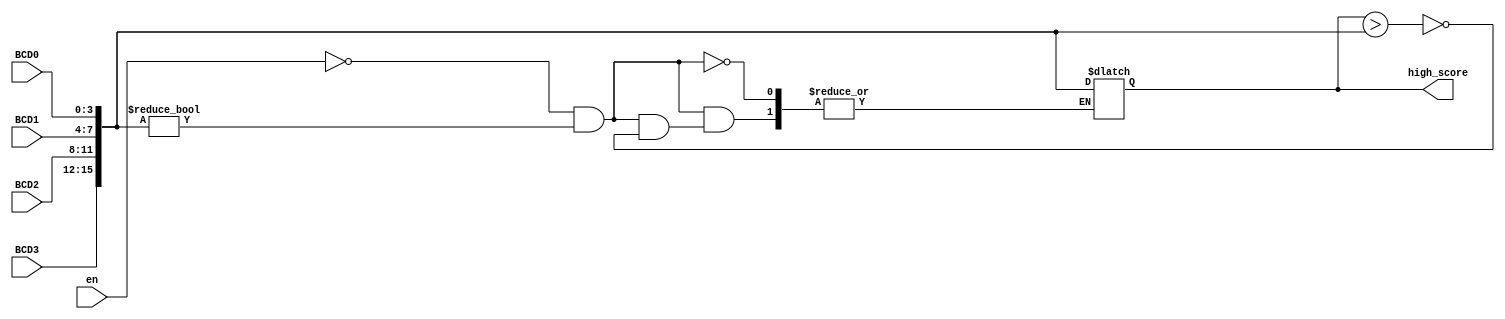
module high_score(en, BCD0, BCD1, BCD2, BCD3, high_score);
	input [1:0] en; 		
	input [3:0] BCD0, BCD1, BCD2, BCD3;
	output reg [15:0] high_score;
	
	initial
		begin
		high_score = 16'b1001100110011001;
		end
	
	always @(en) begin
		if (en == 2'b00 && {BCD3, BCD2, BCD1, BCD0} != 0) begin
			if (high_score > {BCD3, BCD2, BCD1, BCD0})
				high_score = {BCD3, BCD2, BCD1, BCD0};
			else 
				high_score = high_score;
		end
	end
	
endmodule